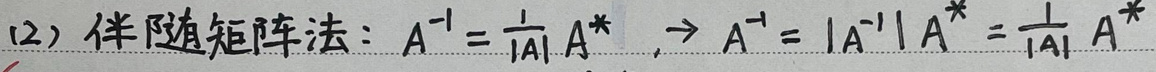
(2) 伴随矩阵法：$A^{-1} = \frac{1}{\vert A \vert}A^*$，$\Rightarrow A^{-1} = \vert A^{-1} \vert A^* = \frac{1}{\vert A \vert}A^*$